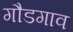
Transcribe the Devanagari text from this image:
गौडगाव